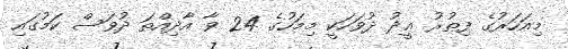
މިއަހަރުގެ ފިޠުރު ޢީދު ދުވަހަކީ މިމަހުގެ 24 ވާ އާދިއްތަ ދުވަސް ކަމުގައި